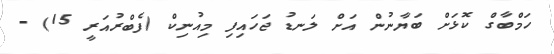
ހަމްބާގް ކޮޅަށް ބަޔާނުން އަށް ލަނޑު ޖަހައިފި މިއުނިކް (ފެބްރުއަރީ 15) -